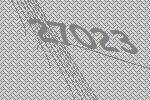
27023